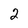
Character: 2